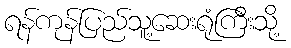
ရန်ကုန်ပြည်သူ့ဆေးရုံကြီးသို့